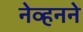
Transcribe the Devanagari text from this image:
नेव्हनने